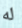
له